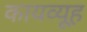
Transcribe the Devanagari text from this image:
कायव्यूह